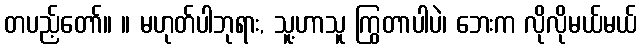
တပည့်တော်။ ။ မဟုတ်ပါဘုရား, သူ့ဟာသူ ကြွတာပါပဲ၊ ဘေးက လိုလိုမယ်မယ်